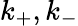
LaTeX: k_{+},k_{-}